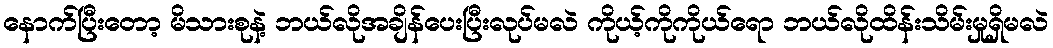
နောက်ပြီးတော့ မိသားစုနဲ့ ဘယ်လိုအချိန်ပေးပြီးလုပ်မလဲ ကိုယ့်ကိုကိုယ်ရော ဘယ်လိုထိန်းသိမ်းမှုရှိမလဲ